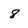
Character: 8